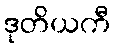
ဒုတိယကီ